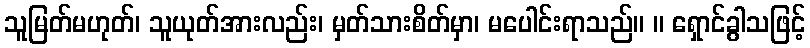
သူမြတ်မဟုတ်၊ သူယုတ်အားလည်း၊ မှတ်သားစိတ်မှာ၊ မပေါင်းရာသည်။ ။ ရှောင်ခွါသဖြင့်